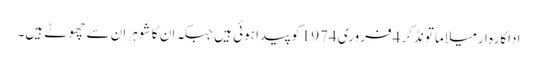
اداکارہ ارمیلا ماتونڈکر 4فروری 1974کو پیدا ہوئی ہیں جبکہ ان کا شوہر ان سے چھوٹے ہیں۔